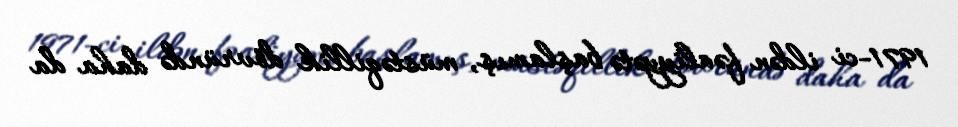
1971-ci ildən fəaliyyətə başlamış, müstəqillik dövründə daha da